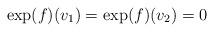
LaTeX: \begin{align*} \exp (f)(v_1) = \exp (f)(v_2) = 0\end{align*}